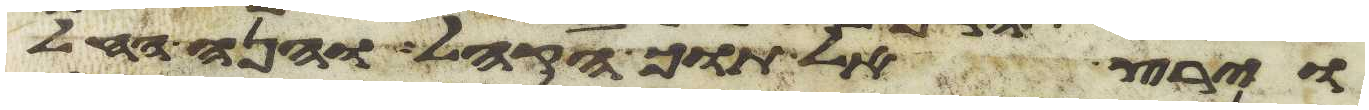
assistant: וירץ אל תוך הקהל והנה החל